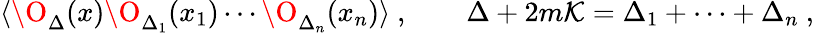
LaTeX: \langle\O_{\Delta}(x)\O_{\Delta_{1}}(x_{1})\cdots\O_{\Delta_{n}}(x_{n})\rangle\ ,\qquad\Delta+2m{\cal K}=\Delta_{1}+\cdots+\Delta_{n}\ ,